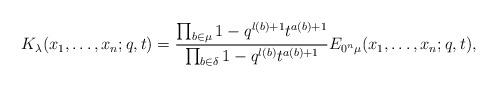
LaTeX: \begin{align*}K_\lambda(x_1,\ldots,x_n;q,t) = \frac{\prod _{b\in\mu} 1-q^{l(b)+1}t^{a(b)+1}} {\prod _{b\in\delta} 1-q^{l(b)}t^{a(b)+1}} E_{0^n\mu}(x_1,\ldots,x_n;q,t),\end{align*}